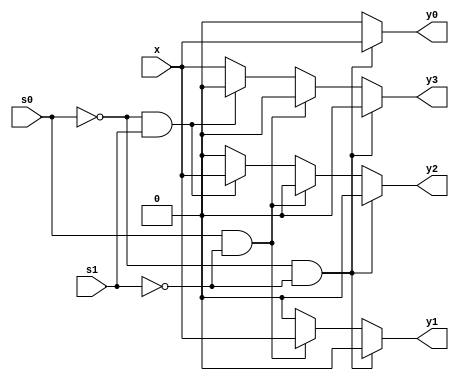
module DEMUX1_4_B (
    x,
    s0,
    s1,
    y0,
    y1,
    y2,
    y3
);
input x;
input s0;
input s1;
output y0;
reg y0;
output y1;
reg y1;
output y2;
reg y2;
output y3;
reg y3;
always @(x, s1, s0) begin: DEMUX1_4_B_LOGIC
    if (((s0 == 0) && (s1 == 0))) begin
        y0 = x;
        y1 = 0;
        y2 = 0;
        y3 = 0;
    end
    else if (((s0 == 1) && (s1 == 0))) begin
        y0 = 0;
        y1 = x;
        y2 = 0;
        y3 = 0;
    end
    else if (((s0 == 0) && (s1 == 1))) begin
        y0 = 0;
        y1 = 0;
        y2 = x;
        y3 = 0;
    end
    else begin
        y0 = 0;
        y1 = 0;
        y2 = 0;
        y3 = x;
    end
end
endmodule